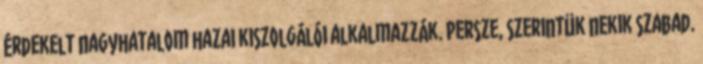
érdekelt nagyhatalom hazai kiszolgálói alkalmazzák. Persze, szerintük nekik szabad.